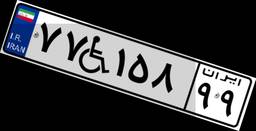
۷۷W۱۵۸۹۹